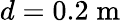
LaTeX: d=0.2\; \mathrm{m}